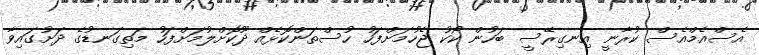
އެސްއެމްއެސް ކުރާނީ އިނގިރޭސީ ބަހުން ކޯކު ޖެހުމަށްފަހު ހުސްތަންކޮޅެއް ދޫކޮށްލުމަށްފަހު މަތިގަނޑުގެ ދަށުގައިވާ